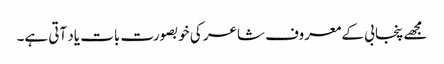
مجھے پنجابی کے معروف شاعر کی خوبصورت بات یاد آتی ہے۔